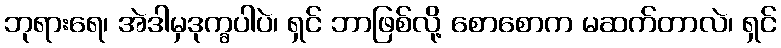
ဘုရားရေ၊ အဲဒါမှဒုက္ခပါပဲ၊ ရှင် ဘာဖြစ်လို့ စောစောက မဆက်တာလဲ၊ ရှင်